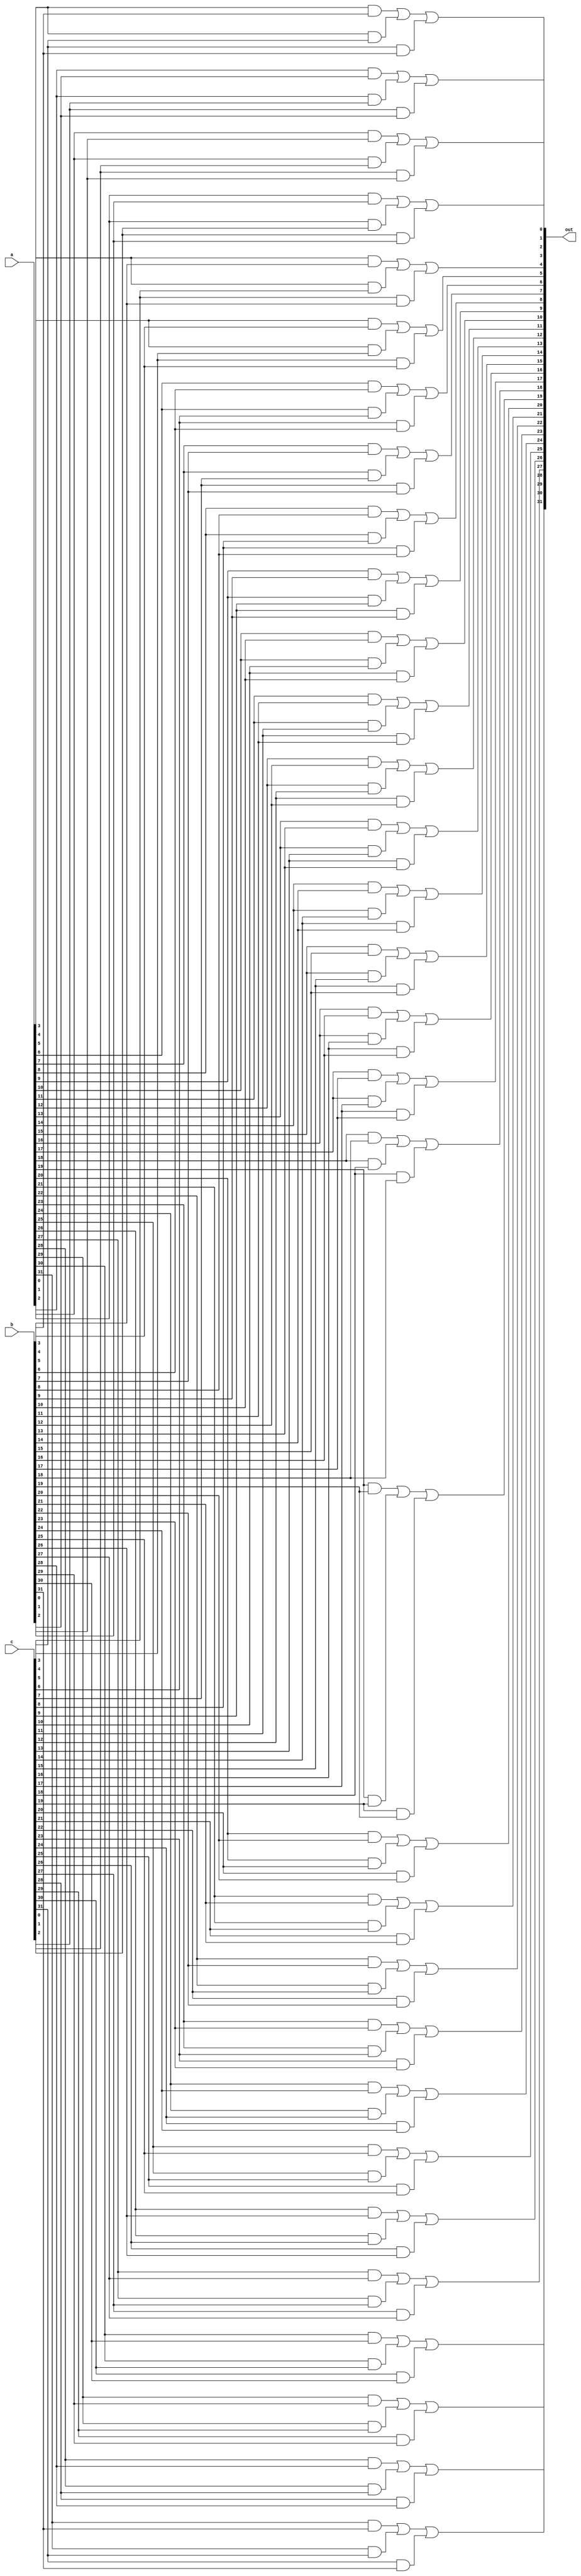
module majority(a,b,c,out);
input [31:0]a;
input [31:0]b;
input [31:0]c;
output [31:0]out;
//reg [31:0]out;
assign out[0] = (a[0]&b[0])|(a[0]&c[0])|(c[0]&b[0]);                                                                                                                                                                                                    
assign out[1] = (a[1]&b[1])|(a[1]&c[1])|(c[1]&b[1]);                                                                                                                                                                                                    
assign out[2] = (a[2]&b[2])|(a[2]&c[2])|(c[2]&b[2]);                                                                                                                                                                                                    
assign out[3] = (a[3]&b[3])|(a[3]&c[3])|(c[3]&b[3]);                                                                                                                                                                                                    
assign out[4] = (a[4]&b[4])|(a[4]&c[4])|(c[4]&b[4]);                                                                                                                                                                                                    
assign out[5] = (a[5]&b[5])|(a[5]&c[5])|(c[5]&b[5]);                                                                                                                                                                                                    
assign out[6] = (a[6]&b[6])|(a[6]&c[6])|(c[6]&b[6]);                                                                                                                                                                                                    
assign out[7] = (a[7]&b[7])|(a[7]&c[7])|(c[7]&b[7]);                                                                                                                                                                                                    
assign out[8] = (a[8]&b[8])|(a[8]&c[8])|(c[8]&b[8]);                                                                                                                                                                                                    
assign out[9] = (a[9]&b[9])|(a[9]&c[9])|(c[9]&b[9]);                                                                                                                                                                                                    
assign out[10] = (a[10]&b[10])|(a[10]&c[10])|(c[10]&b[10]);                                                                                                                                                                                             
assign out[11] = (a[11]&b[11])|(a[11]&c[11])|(c[11]&b[11]);                                                                                                                                                                                             
assign out[12] = (a[12]&b[12])|(a[12]&c[12])|(c[12]&b[12]);                                                                                                                                                                                             
assign out[13] = (a[13]&b[13])|(a[13]&c[13])|(c[13]&b[13]);                                                                                                                                                                                             
assign out[14] = (a[14]&b[14])|(a[14]&c[14])|(c[14]&b[14]);                                                                                                                                                                                             
assign out[15] = (a[15]&b[15])|(a[15]&c[15])|(c[15]&b[15]);                                                                                                                                                                                             
assign out[16] = (a[16]&b[16])|(a[16]&c[16])|(c[16]&b[16]);                                                                                                                                                                                             
assign out[17] = (a[17]&b[17])|(a[17]&c[17])|(c[17]&b[17]);                                                                                                                                                                                             
assign out[18] = (a[18]&b[18])|(a[18]&c[18])|(c[18]&b[18]);                                                                                                                                                                                             
assign out[19] = (a[19]&b[19])|(a[19]&c[19])|(c[19]&b[19]);                                                                                                                                                                                             
assign out[20] = (a[20]&b[20])|(a[20]&c[20])|(c[20]&b[20]);                                                                                                                                                                                             
assign out[21] = (a[21]&b[21])|(a[21]&c[21])|(c[21]&b[21]);                                                                                                                                                                                             
assign out[22] = (a[22]&b[22])|(a[22]&c[22])|(c[22]&b[22]);                                                                                                                                                                                             
assign out[23] = (a[23]&b[23])|(a[23]&c[23])|(c[23]&b[23]);                                                                                                                                                                                             
assign out[24] = (a[24]&b[24])|(a[24]&c[24])|(c[24]&b[24]);                                                                                                                                                                                             
assign out[25] = (a[25]&b[25])|(a[25]&c[25])|(c[25]&b[25]);                                                                                                                                                                                             
assign out[26] = (a[26]&b[26])|(a[26]&c[26])|(c[26]&b[26]);                                                                                                                                                                                             
assign out[27] = (a[27]&b[27])|(a[27]&c[27])|(c[27]&b[27]);                                                                                                                                                                                             
assign out[28] = (a[28]&b[28])|(a[28]&c[28])|(c[28]&b[28]);                                                                                                                                                                                             
assign out[29] = (a[29]&b[29])|(a[29]&c[29])|(c[29]&b[29]);                                                                                                                                                                                             
assign out[30] = (a[30]&b[30])|(a[30]&c[30])|(c[30]&b[30]);                                                                                                                                                                                             
assign out[31] = (a[31]&b[31])|(a[31]&c[31])|(c[31]&b[31]);
/*always@(*)
begin
	if({1'b0,a[31]}+b[31]+c[31]>2'd1)
		out[31]=1'b1;
	else
		out[31]=1'b0;
end
always@(*)
begin
	if(a[30]+b[30]+c[30]>2'd1)
		out[30]=1'b1;
	else
		out[30]=1'b0;
end
always@(*)
begin
	if(a[29]+b[29]+c[29]>2'd1)
		out[31]=1'b1;
	else
		out[29]=1'b0;
end
always@(*)
begin
	if(a[28]+b[28]+c[28]>2'd1)
		out[28]=1'b1;
	else
		out[28]=1'b0;
end
always@(*)
begin
	if(a[27]+b[27]+c[27]>2'd1)
		out[27]=1'b1;
	else
		out[27]=1'b0;
end
always@(*)
begin
	if(a[26]+b[26]+c[26]>2'd1)
		out[26]=1'b1;
	else
		out[26]=1'b0;
end
always@(*)
begin
	if(a[25]+b[25]+c[25]>2'd1)
		out[25]=1'b1;
	else
		out[25]=1'b0;
end
always@(*)
begin
	if(a[24]+b[24]+c[24]>2'd1)
		out[24]=1'b1;
	else
		out[24]=1'b0;
end
always@(*)
begin
	if(a[23]+b[23]+c[23]>2'd1)
		out[23]=1'b1;
	else
		out[23]=1'b0;
end
always@(*)
begin
	if(a[22]+b[31]+c[22]>2'd1)
		out[22]=1'b1;
	else
		out[22]=1'b0;
end
always@(*)
begin
	if(a[21]+b[21]+c[21]>2'd1)
		out[21]=1'b1;
	else
		out[21]=1'b0;
end
always@(*)
begin
	if(a[20]+b[20]+c[20]>2'd1)
		out[20]=1'b1;
	else
		out[20]=1'b0;
end
always@(*)
begin
	if(a[19]+b[19]+c[19]>2'd1)
		out[19]=1'b1;
	else
		out[19]=1'b0;
end
always@(*)
begin
	if(a[18]+b[18]+c[18]>2'd1)
		out[18]=1'b1;
	else
		out[18]=1'b0;
end
always@(*)
begin
	if(a[17]+b[17]+c[17]>2'd1)
		out[17]=1'b1;
	else
		out[17]=1'b0;
end
always@(*)
begin
	if(a[16]+b[16]+c[16]>2'd1)
		out[16]=1'b1;
	else
		out[16]=1'b0;
end
always@(*)
begin
	if(a[15]+b[15]+c[15]>2'd1)
		out[15]=1'b1;
	else
		out[15]=1'b0;
end
always@(*)
begin
	if(a[14]+b[14]+c[14]>2'd1)
		out[14]=1'b1;
	else
		out[14]=1'b0;
end
always@(*)
begin
	if(a[13]+b[13]+c[13]>2'd1)
		out[13]=1'b1;
	else
		out[13]=1'b0;
end
always@(*)
begin
	if(a[12]+b[12]+c[12]>2'd1)
		out[12]=1'b1;
	else
		out[12]=1'b0;
end
always@(*)
begin
	if(a[11]+b[11]+c[11]>2'd1)
		out[11]=1'b1;
	else
		out[11]=1'b0;
end
always@(*)
begin
	if(a[10]+b[10]+c[10]>2'd1)
		out[10]=1'b1;
	else
		out[10]=1'b0;
end
always@(*)
begin
	if(a[9]+b[9]+c[9]>2'd1)
		out[9]=1'b1;
	else
		out[9]=1'b0;
end
always@(*)
begin
	if(a[8]+b[8]+c[8]>2'd1)
		out[8]=1'b1;
	else
		out[8]=1'b0;
end
always@(*)
begin
	if(a[7]+b[7]+c[7]>2'd1)
		out[7]=1'b1;
	else
		out[7]=1'b0;
end
always@(*)
begin
	if(a[6]+b[6]+c[6]>2'd1)
		out[6]=1'b1;
	else
		out[6]=1'b0;
end
always@(*)
begin
	if(a[5]+b[5]+c[5]>2'd1)
		out[5]=1'b1;
	else
		out[5]=1'b0;
end
always@(*)
begin
	if(a[4]+b[4]+c[4]>2'd1)
		out[4]=1'b1;
	else
		out[4]=1'b0;
end
always@(*)
begin
	if(a[3]+b[3]+c[3]>2'd1)
		out[3]=1'b1;
	else
		out[3]=1'b0;
end
always@(*)
begin
	if(a[2]+b[2]+c[2]>2'd1)
		out[2]=1'b1;
	else
		out[2]=1'b0;
end
always@(*)
begin
	if(a[1]+b[1]+c[1]>2'd1)
		out[1]=1'b1;
	else
		out[1]=1'b0;
end
always@(*)
begin
	if(a[0]+b[0]+c[0]>2'd1)
		out[0]=1'b1;
	else
		out[0]=1'b0;
end*/
endmodule